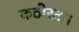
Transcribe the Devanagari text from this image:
कठोरता।